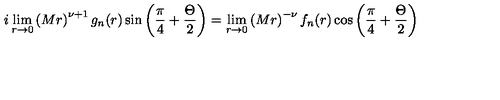
i \lim _ { r \rightarrow 0 } \left( M r \right) ^ { \nu + 1 } g _ { n } ( r ) \sin \left( \frac { \pi } { 4 } + \frac { \Theta } { 2 } \right) = \lim _ { r \rightarrow 0 } \left( M r \right) ^ { - \nu } f _ { n } ( r ) \cos \left( \frac { \pi } { 4 } + \frac { \Theta } { 2 } \right)